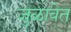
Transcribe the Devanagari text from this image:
जुळावेत